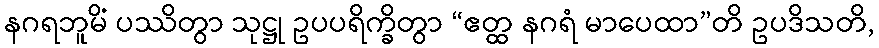
နဂရဘူမိံ ပဿိတွာ သုဋ္ဌု ဥပပရိက္ခိတွာ “ဧတ္ထ နဂရံ မာပေထာ”တိ ဥပဒိသတိ,